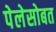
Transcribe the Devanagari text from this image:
पेलेसोबत